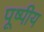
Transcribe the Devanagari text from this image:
पूष्पीय